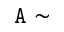
\tt { A } \sim